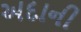
અદાની